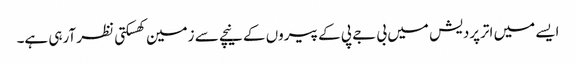
ایسے میں اترپردیش میں بی جے پی کے پیروں کے نیچے سے زمین کھسکتی نظر آرہی ہے۔